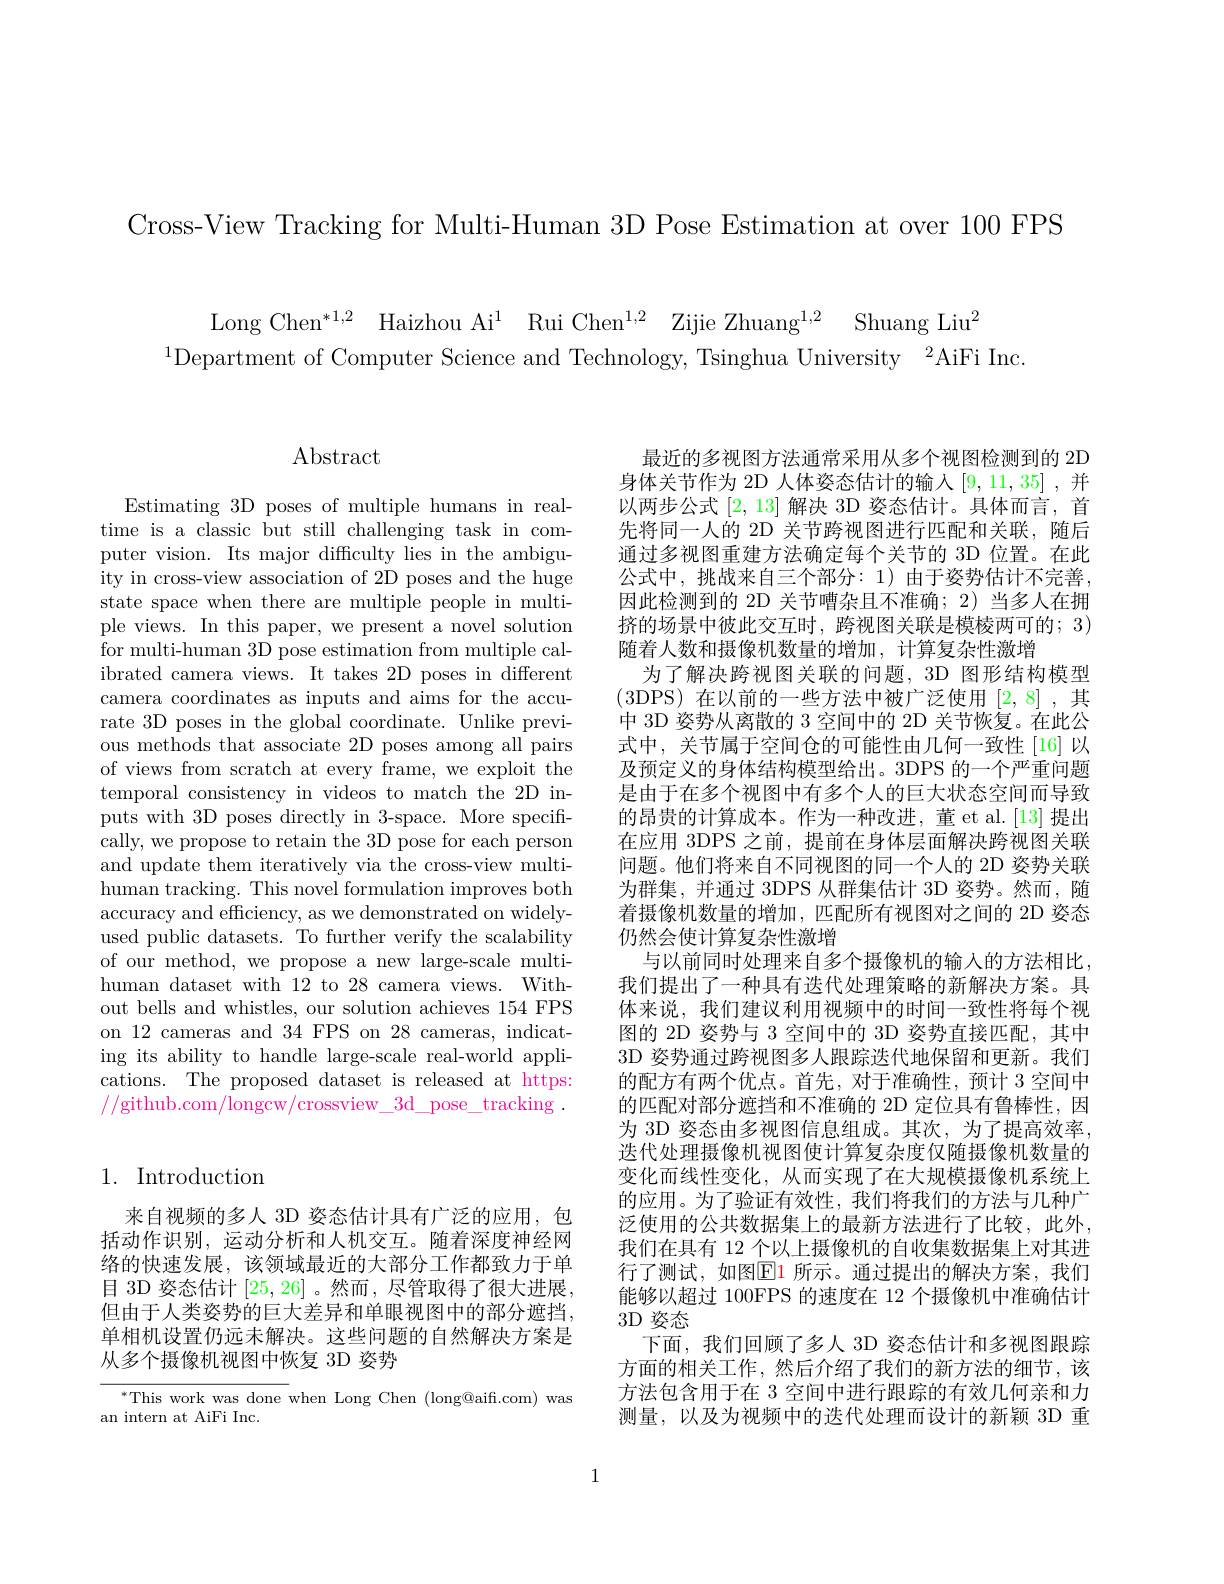
Cross-View Tracking for Multi-Human 3D Pose Estimation at over 100 FPS

Long Chen$^* 1, 2$ Haizhou Ai$^1$ Rui Chen$^1, 2$ Zijie Zhuang$^1, 2$ Shuang Liu$^2$
$^{1}$Department of Computer Science and Technology, Tsinghua University$^2$AiFi Inc

## Abstract

Estimating 3D poses of multiple humans in realtime is a classic but still challenging task in computer vision. Its major difficulty lies in the ambiguity in cross-view association of 2D poses and the huge state space when there are multiple people in multiple views. In this paper, we present a novel solution for multi-human 3D pose estimation from multiple calibrated camera views. It takes 2D poses in different camera coordinates as inputs and aims for the accurate 3D poses in the global coordinate. Unlike previous methods that associate 2D poses among all pairs of views from scratch at every frame, we exploit the temporal consistency in videos to match the 2D inputs with 3D poses directly in 3-space. More specifically, we propose to retain the 3D pose for each person and update them iteratively via the cross-view multihuman tracking. This novel formulation improves both accuracy and efficiency, as we demonstrated on widelyused public datasets. To further verify the scalability of our method, we propose a new large-scale multihuman dataset with 12 to 28 camera views. Without bells and whistles, our solution achieves 154 FPS on 12 cameras and 34 FPS on 28 cameras, indicating its ability to handle large-scale real-world applications. The proposed dataset is released at https: //github.com/longcw/crossview\_3d\_pose\_tracking~.

# 1. Introduction

来自视频的多人 3D 姿态估计具有广泛的应用，包括动作识别，运动分析和人机交互。随着深度神经网络的快速发展，该领域最近的大部分工作都致力于单目 3D 姿态估计 [25,26]。然而，尽管取得了很大进展， 但由于人类姿势的巨大差异和单眼视图中的部分遮挡， 单相机设置仍远未解决。这些问题的自然解决方案是从多个摄像机视图中恢复 3D 姿势

$^*$This work was done when Long Chen (long@aifi.com) was
an intern at AiFi Inc.

最近的多视图方法通常采用从多个视图检测到的 2D 身体关节作为 2D 人体姿态估计的输入[9,11,35] ,并以两步公式[2,13]解决 3D 姿态估计。具体而言，首先将同一人的 2D 关节跨视图进行匹配和关联，随后通过多视图重建方法确定每个关节的 3D 位置。在此公式中，挑战来自三个部分：1)由于姿势估计不完善， 因此检测到的 2D 关节嘈杂且不准确；2) 当多人在拥挤的场景中彼此交互时，跨视图关联是模棱两可的；3) 随着人数和摄像机数量的增加，计算复杂性激增
为了解决跨视图关联的问题，3D 图形结构模型(3DPS)在以前的一些方法中被广泛使用[2,8],其中 3D 姿势从离散的3空间中的 2D 关节恢复。在此公式中，关节属于空间仓的可能性由几何一致性[16]以及预定义的身体结构模型给出。3DPS 的一个严重问题是由于在多个视图中有多个人的巨大状态空间而导致的昂贵的计算成本。作为一种改进，董 et al.[13] 提出在应用 3DPS 之前，提前在身体层面解决跨视图关联问题。他们将来自不同视图的同一个人的 2D 姿势关联为群集，并通过 3DPS 从群集估计 3D 姿势。然而，随着摄像机数量的增加，匹配所有视图对之间的 2D 姿态仍然会使计算复杂性激增
与以前同时处理来自多个摄像机的输入的方法相比， 我们提出了一种具有迭代处理策略的新解决方案。具体来说，我们建议利用视频中的时间一致性将每个视图的 2D 姿势与 3 空间中的 3D 姿势直接匹配，其中3D 姿势通过跨视图多人跟踪迭代地保留和更新。我们的配方有两个优点。首先，对于准确性，预计 3 空间中的匹配对部分遮挡和不准确的 2D 定位具有鲁棒性，因为 3D 姿态由多视图信息组成。其次，为了提高效率， 迭代处理摄像机视图使计算复杂度仅随摄像机数量的变化而线性变化，从而实现了在大规模摄像机系统上的应用。为了验证有效性，我们将我们的方法与几种广泛使用的公共数据集上的最新方法进行了比较，此外， 我们在具有 12 个以上摄像机的自收集数据集上对其进行了测试，如图$\boxed{\mathrm{E}}1$ 所示。通过提出的解决方案，我们能够以超过 100FPS 的速度在 12 个摄像机中准确估计3D 姿态
下面，我们回顾了多人 3D 姿态估计和多视图跟踪方面的相关工作，然后介绍了我们的新方法的细节，该方法包含用于在 3 空间中进行跟踪的有效几何亲和力测量，以及为视频中的迭代处理而设计的新颖 3D 重

1